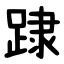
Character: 䠈